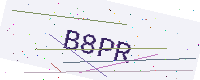
Text: B8PR